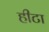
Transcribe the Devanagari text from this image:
हीटा